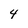
Character: 4